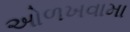
ઓળખવામા